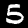
Label: 5